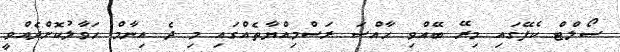
ސޯލްޓް ކެފޭގައި މިރޭ ބޭއްވި ހާއްސަ ރަސްމިއްޔާތެއްގައި މި ދެ އިނާމް ހަވާލުކޮށްދެއްވީ